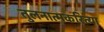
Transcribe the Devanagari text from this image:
तुलनात्मकरित्या